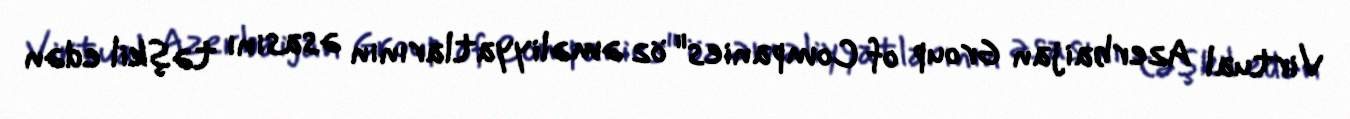
Virtual Azerbaijan Group of Companies" öz əməliyyatlarının əsasını təşkil edən